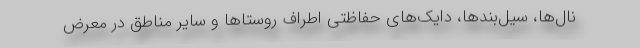
نال‌ها، سیل‌بندها، دایک‌های حفاظتی اطراف روستاها و سایر مناطق در معرض